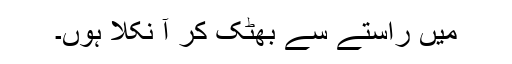
میں راستے سے بھٹک کر آ نکلا ہوں۔